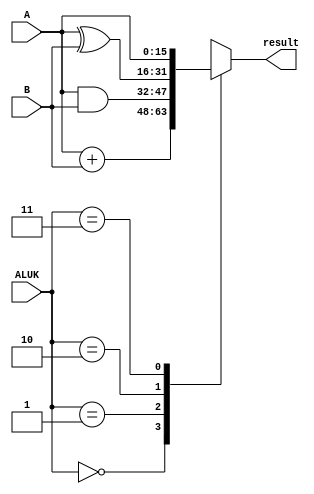
`timescale 1ns / 1ps
//////////////////////////////////////////////////////////////////////////////////
// Company: 
// Engineer: 
// 
// Design Name: 
// Module Name: alu
// Project Name: 
// Target Devices: 
// Tool Versions: 
// Description: 
// 
// Dependencies: 
// 
// Revision:
// Revision 0.01 - File Created
// Additional Comments:
// 
//////////////////////////////////////////////////////////////////////////////////


module alu(
    input [1:0] ALUK,
    input [15:0] A,
    input [15:0] B,
    output reg [15:0] result
    );
    
    always @(ALUK,A,B)
    begin
    
    result = 0;
    
    case (ALUK)
    2'b00 : result = A + B;
    2'b01 : result = A & B;
    2'b10 : result = A ^ B;
    2'b11 : result = A;
    
    default: result = A + B;
    
    endcase
    
    end
    
endmodule